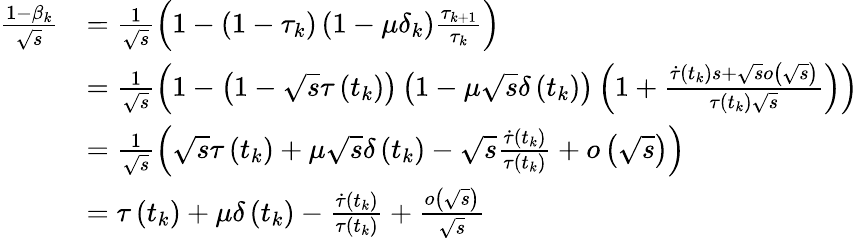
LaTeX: \begin{array}{rl}{\frac{1-\beta_{k}}{\sqrt{s}}}&{=\frac{1}{\sqrt{s}}\left(1-\left(1-\tau_{k}\right)\left(1-\mu\delta_{k}\right)\frac{\tau_{k+1}}{\tau_{k}}\right)}\\ &{=\frac{1}{\sqrt{s}}\left(1-\left(1-\sqrt{s}\tau\left(t_{k}\right)\right)\left(1-\mu\sqrt{s}\delta\left(t_{k}\right)\right)\left(1+\frac{\dot{\tau}\left(t_{k}\right)s+\sqrt{s}o\left(\sqrt{s}\right)}{\tau\left(t_{k}\right)\sqrt{s}}\right)\right)}\\ &{=\frac{1}{\sqrt{s}}\left(\sqrt{s}\tau\left(t_{k}\right)+\mu\sqrt{s}\delta\left(t_{k}\right)-\sqrt{s}\frac{\dot{\tau}\left(t_{k}\right)}{\tau\left(t_{k}\right)}+o\left(\sqrt{s}\right)\right)}\\ &{=\tau\left(t_{k}\right)+\mu\delta\left(t_{k}\right)-\frac{\dot{\tau}\left(t_{k}\right)}{\tau\left(t_{k}\right)}+\frac{o\left(\sqrt{s}\right)}{\sqrt{s}}}\end{array}